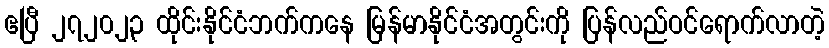
ဧပြီ ၂၇၂၀၂၃ ထိုင်းနိုင်ငံဘက်ကနေ မြန်မာနိုင်ငံအတွင်းကို ပြန်လည်ဝင်ရောက်လာတဲ့